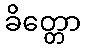
ခိတ္တော